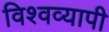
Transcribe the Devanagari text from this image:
विश्‍वव्यापी